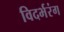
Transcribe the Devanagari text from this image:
विदर्भरंग